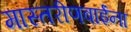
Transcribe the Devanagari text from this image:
मास्तरीणबाईंना